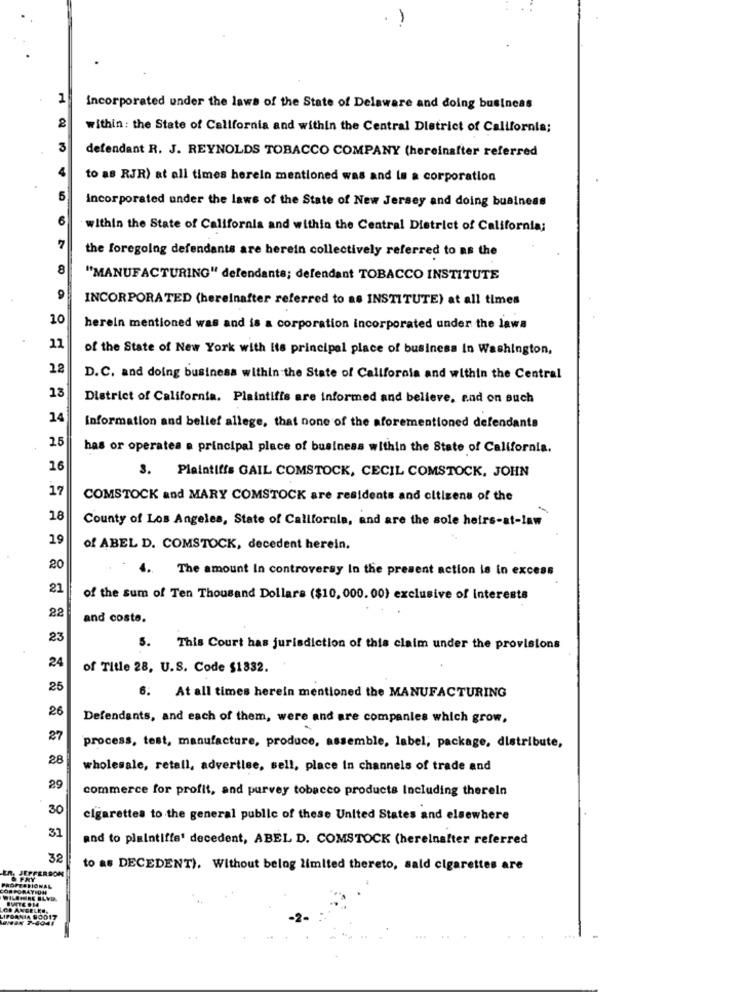
-
1
incorporated under the laws of the State of Delaware and doing business
within: the State of California and within the Central District of California;
3
defendant R. J. REYNOLDS TOBACCO COMPANY (hereinafter referred
to as RJR) at all times herein mentioned was and is a corporation
5
incorporated under the laws of the State of New Jersey and doing business
6
within the State of Califorals and within the Central District of California;
the foregoing defendants are herein collectively referred to as the
8
"MANUFACTURING" defendants; defendant TOBACCO INSTITUTE
INCORPORATED (hereinafter referred to as INSTITUTE) at all times
10
herein mentioned was and is a corporation incorporated under the lawa
11
of the State of New York with its principal place of business in Washington,
12
D. C. and doing business within the State of California and within the Central
13
District of California. Plaintifis are informed and believe, and on such
14
Information and belief allege, that none of the aforementioned defendants
25
has or operates a principal place of business within the State of California.
16
3. Plaintiffs GAIL COMSTOCK, CECIL COMSTOCK, JOHN
17
COMSTOCK and MARY COMSTOCK are residents and citizens of the
18
County of Los Angeles, State of California, and are the sole heirs-at-law
19
of ABEL D. COMSTOCK, decedent herein.
20
1.
The amount In controversy In the present action is in excess
21
of the sum of Ten Thousand Dollars ($10, 000. 00) exclusive of interests
22
and coste.
23
5. This Court has jurisdiction of this claim under the provisions
24
of Title 28, U.S. Code $1832.
25
6. At all times herein mentioned the MANUFACTURING
26
Defendants, and each of them, were and are companies which grow,
27
process, test, manufacture, produce, assemble, label; package, distribute,
28
wholesale, retall, advertise, sell, place in channels of trade and
29
commerce for profit, and purvey tobacco products Including thereln
30
cigarettes to the general public of these United States and elsewhere
31
and to plaintiffe' decedent, ABEL D. COMSTOCK (hereinafter referred
32
ER, JEFFERSON
to as DECEDENT). Without belog limited thereto, sald cigarettes are
& FRY
PROFESSIONAL
WILSHIRE BLVD.
CI ANGELES,
LIFORNIA 90017
Wax 7-6941